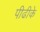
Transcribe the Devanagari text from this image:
पीढीके